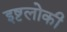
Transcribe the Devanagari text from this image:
इष्टलोकी